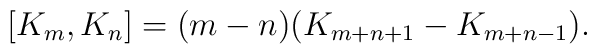
[K_{m}, K_{n}] = (m - n) (K_{m + n + 1} -K_{m + n - 1}).